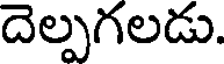
దెల్పగలడు.